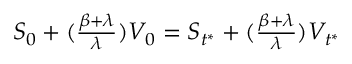
\begin{array} { r } { S _ { 0 } + ( \frac { \beta + \lambda } { \lambda } ) V _ { 0 } = S _ { t ^ { * } } + ( \frac { \beta + \lambda } { \lambda } ) V _ { t ^ { * } } } \end{array}